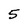
Character: 5